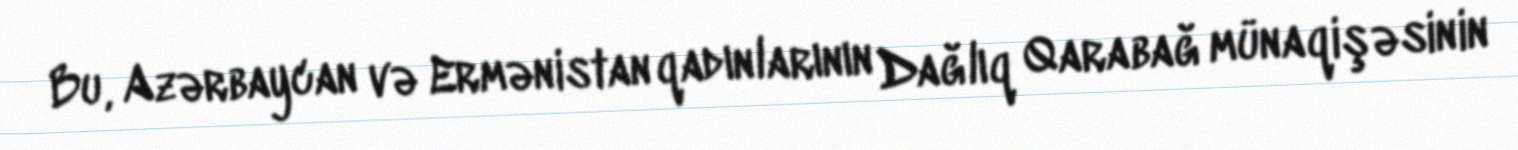
Bu, Azərbaycan və Ermənistan qadınlarının Dağlıq Qarabağ münaqişəsinin